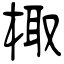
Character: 棷